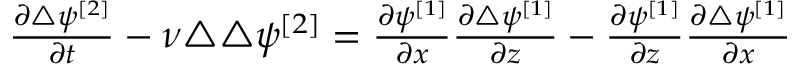
\begin{array} { r } { \frac { \partial \triangle \psi ^ { [ 2 ] } } { \partial t } - \nu \triangle \triangle \psi ^ { [ 2 ] } = \frac { \partial \psi ^ { [ 1 ] } } { \partial x } \frac { \partial \triangle \psi ^ { [ 1 ] } } { \partial z } - \frac { \partial \psi ^ { [ 1 ] } } { \partial z } \frac { \partial \triangle \psi ^ { [ 1 ] } } { \partial x } } \end{array}